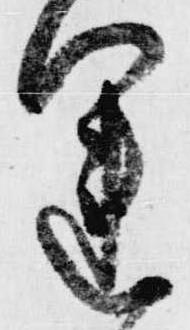
運